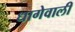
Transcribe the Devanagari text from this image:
धागेवाली